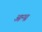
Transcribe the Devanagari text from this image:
आन्‍ध्र